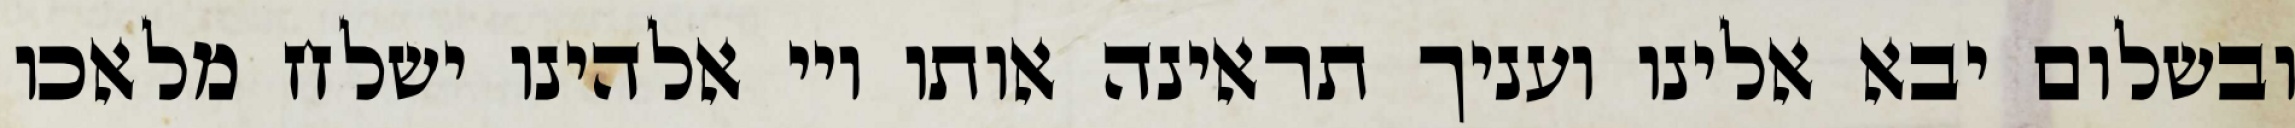
ובשלום יבא אלינו ועניך תראינה אותו ויי אלהינו ישלח מלאכו